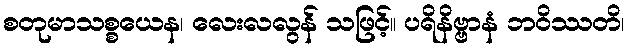
စတုမာသစ္စယေန၊ လေးလလွန် သဖြင့်။ ပရိနိဗ္ဗာနံ ဘဝိဿတိ၊